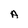
Character: A